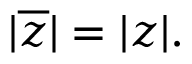
\quad | { \overline { { z } } } | = | z | .